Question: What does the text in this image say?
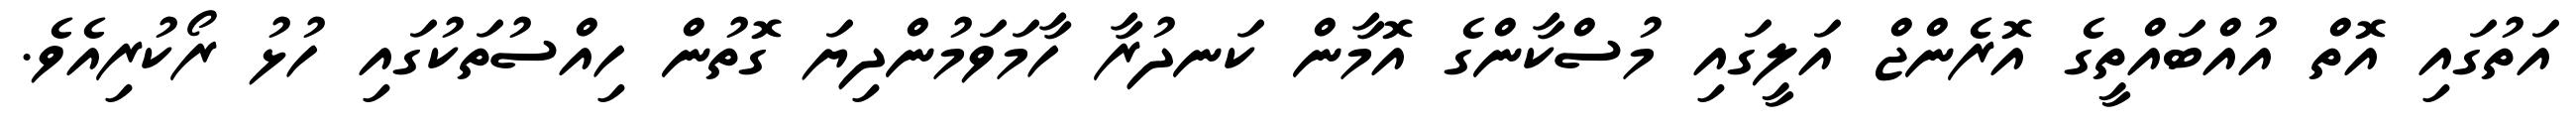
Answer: އަތުގައި އޮތް އުއްބައްތީގެ އޮރެންޖް އަލީގައި މުސްކާންގެ އޮމާން ކަނދުރާ ހާމަވަމުންދިޔަ ގޮތުން ހިއްސުތަކުގައި ހުޅު ރޯކުރިއެވެ.